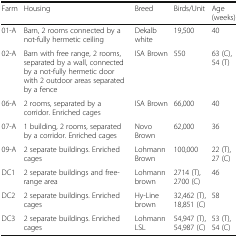
<table><thead><tr><td><b>Farm</b></td><td><b>Housing</b></td><td><b>Breed</b></td><td><b>Birds/Unit</b></td><td><b>Age (weeks)</b></td></tr></thead><tbody><tr><td>01-A</td><td>Barn, 2 rooms connected by a not-fully hermetic ceiling</td><td>Dekalb white</td><td>19,500</td><td>40</td></tr><tr><td>02-A</td><td>Barn with free range, 2 rooms, separated by a wall, connected by a not-fully hermetic door with 2 outdoor areas separated by a fence</td><td>ISA Brown</td><td>550</td><td>63 (C), 54 (T)</td></tr><tr><td>06-A</td><td>2 rooms, separated by a corridor. Enriched cages</td><td>ISA Brown</td><td>66,000</td><td>40</td></tr><tr><td>07-A</td><td>1 building, 2 rooms, separated by a corridor. Enriched cages</td><td>Novo Brown</td><td>62,000</td><td>36</td></tr><tr><td>09-A</td><td>2 separate buildings. Enriched cages</td><td>Lohmann Brown</td><td>100,000</td><td>22 (T), 27 (C)</td></tr><tr><td>DC1</td><td>2 separate buildings and free-range area</td><td>Lohmann brown</td><td>2714 (T), 2700 (C)</td><td>46</td></tr><tr><td>DC2</td><td>2 separate buildings. Enriched cages</td><td>Hy-Line brown</td><td>32,462 (T), 18,851 (C)</td><td>58</td></tr><tr><td>DC3</td><td>2 separate buildings. Enriched cages</td><td>Lohmann LSL</td><td>54,947 (T), 54,987 (C)</td><td>53 (T), 54 (C)</td></tr></tbody></table>